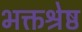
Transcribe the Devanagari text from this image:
भक्तश्रेष्ठ